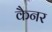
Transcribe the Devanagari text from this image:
कैनर